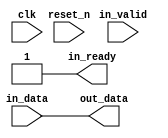
// --------------------------------------------------------------------------------
//| Avalon Streaming Timing Adapter
// --------------------------------------------------------------------------------

`timescale 1ns / 100ps
module sonic_v1_15_eth_10g_eth_10g_mac_txrx_timing_adapter_link_fault_status_export (
    
      // Interface: clk
      input              clk,
      // Interface: reset
      input              reset_n,
      // Interface: in
      output reg         in_ready,
      input              in_valid,
      input      [ 1: 0] in_data,
      // Interface: out
      output reg [ 1: 0] out_data
);




   // ---------------------------------------------------------------------
   //| Signal Declarations
   // ---------------------------------------------------------------------

   reg  [ 1: 0] in_payload;
   reg  [ 1: 0] out_payload;
   reg  [ 0: 0] ready;
   reg          out_ready = 1;
   reg          out_valid;
   // synthesis translate_off
   always @(negedge out_valid) begin
      $display("%m: The downstream component expects valid data, but the upstream component cannot provide it.");
   end
   // synthesis translate_on


   // ---------------------------------------------------------------------
   //| Payload Mapping
   // ---------------------------------------------------------------------
   always @* begin
     in_payload = {in_data};
     {out_data} = out_payload;
   end

   // ---------------------------------------------------------------------
   //| Ready & valid signals.
   // ---------------------------------------------------------------------
   always @* begin
     ready[0] = out_ready;
     out_valid = in_valid;
     out_payload = in_payload;
     in_ready = ready[0];
   end




endmodule